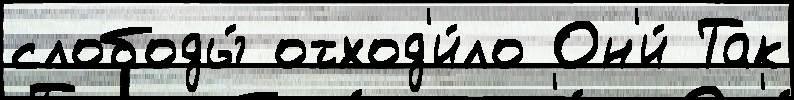
слободы́ отход'и́ло Он'и́ Так